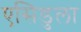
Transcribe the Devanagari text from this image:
एसिडुला